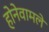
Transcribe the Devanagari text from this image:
होनेवामले